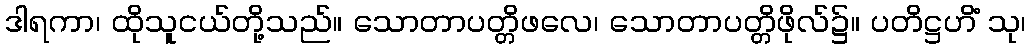
ဒါရကာ၊ ထိုသူငယ်တို့သည်။ သောတာပတ္တိဖလေ၊ သောတာပတ္တိဖိုလ်၌။ ပတိဋ္ဌဟိံ သု၊